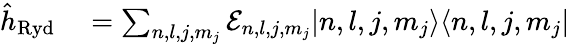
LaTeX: \begin{array}{rl}{\hat{h}_{\mathrm{Ryd}}}&{{}=\sum_{n,l,j,m_{j}}\mathcal{E}_{n,l,j,m_{j}}|n,l,j,m_{j}\rangle\langle n,l,j,m_{j}|}\end{array}